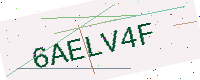
Text: 6AELV4F